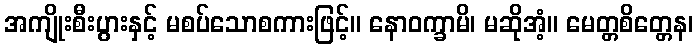
အကျိုးစီးပွားနှင့် မစပ်သောစကားဖြင့်။ နောဝက္ခာမိ၊ မဆိုအံ့။ မေတ္တစိတ္တေန၊